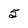
Character: 5